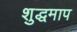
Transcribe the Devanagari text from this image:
शुद्धमाप